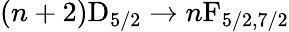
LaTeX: (n+2)\mathrm{D}_{5/2}\rightarrow n\mathrm{F}_{5/2,7/2}